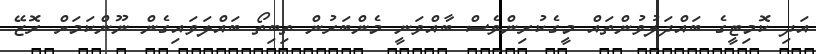
އަދި ކޮމިޓީގެ ބައްދަލުވުންތައް މީގެކުރިންވެސް ބާއްވަނީ މެންބަރުން ތިބިތޯ ބައްލަވައިގެން ނޫންކަމަށް ރޮޒޭ